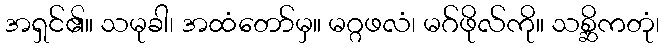
အရှင်၏။ သမုခါ၊ အထံတော်မှ။ မဂ္ဂဖလံ၊ မဂ်ဖိုလ်ကို။ သစ္ဆိကတုံ၊